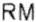
RM